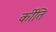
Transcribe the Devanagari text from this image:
र्कीति